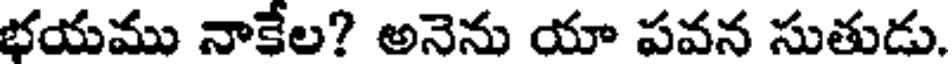
భయము నాకేల? అనెను యా పవన సుతుడు.